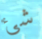
شئ